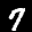
Label: 7